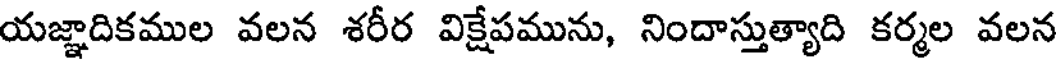
యజ్ఞాదికముల వలన శరీర విక్షేపమును, నిందాస్తుత్యాది కర్మల వలన